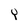
Character: Y